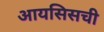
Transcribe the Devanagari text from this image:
आयसिसची